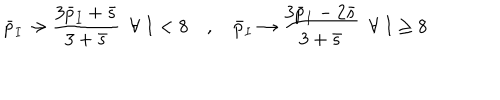
\bar { p } _ { I } \to { \frac { 3 \bar { p } _ { I } + \bar { s } } { 3 + \bar { s } } } \ \ \forall \ I < 8 \quad , \quad \bar { p } _ { I } \to { \frac { 3 \bar { p } _ { I } - 2 \bar { s } } { 3 + \bar { s } } } \ \ \forall \ I \geq 8